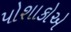
પોશાકોએ